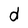
Character: d